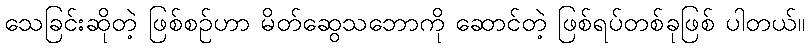
သေခြင်းဆိုတဲ့ ဖြစ်စဉ်ဟာ မိတ်ဆွေသဘောကို ဆောင်တဲ့ ဖြစ်ရပ်တစ်ခုဖြစ် ပါတယ်။